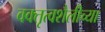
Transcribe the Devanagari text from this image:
वक्तृत्वशैलीच्या